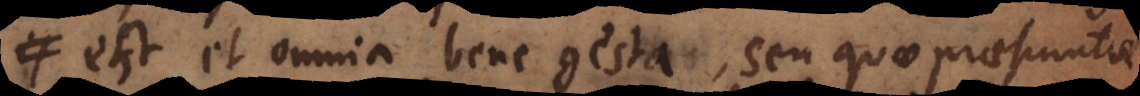
est, et omnia bene gesta, seu quae praesumta